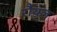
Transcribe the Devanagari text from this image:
रौयल